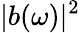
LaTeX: |b(\omega)|^{2}